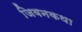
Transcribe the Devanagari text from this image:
जिवनकथा